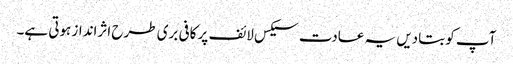
آپ کو بتادیں یہ عادت سیکس لائف پر کافی بری طرح اثرانداز ہوتی ہے۔